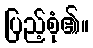
ပြည့်စုံ၏။